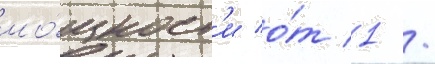
мо́щност'и о́т 1 /